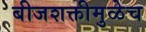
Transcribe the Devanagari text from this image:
बीजशक्तीमुळेच